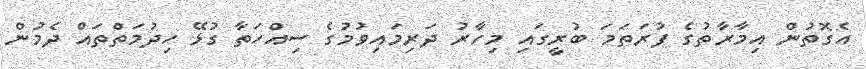
އެގޮތުން އިމާރާތުގެ ފުރަތަމަ ބުރީގައި މިހާރު ދަރިމައިވުމުގެ ސިއްހަތާ ގުޅޭ ހިދުމަތްތައް ދެމުން